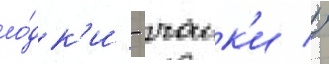
ло́дк'и - чаик'и //